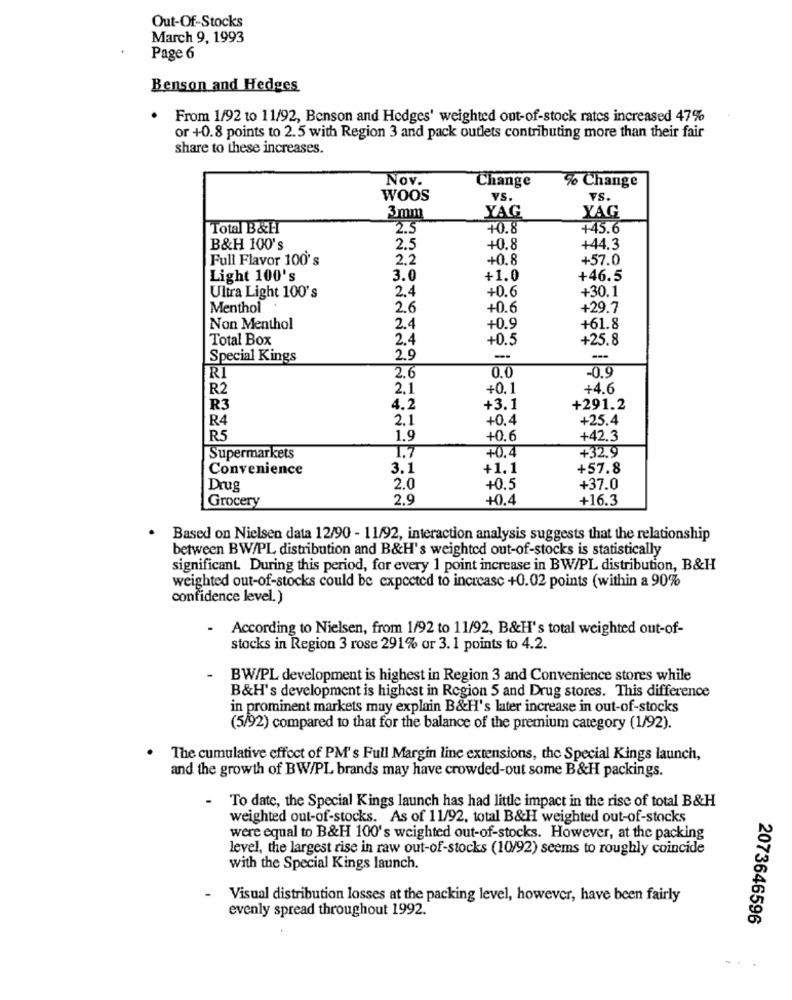
Out-Of-Stocks
March 9, 1993
Page 6
Benson and Hedges
From 1/92 to 11/92, Benson and Hedges' weighted out-of-stock rates increased 47%
or +0.8 points to 2.5 with Region 3 and pack outlets contributing more than their fair
share to these increases.
Nov.
Change
% Change
WOOS
YS.
VS.
3mm
YAG
YAG
Total B&H
2.5
+0.8
+45.6
B&H 100's
2.5
+0.8
+44.3
Full Flavor 100's
2.2
+0.8
+57.0
Light 100's
3.0
+1.0
+46.5
2.4
+0.6
+30.1
Ultra Light 100's
Menthol
26
+0.6
+29.7
Non Menthol
2.4
+0.9
+61.8
Total Box
2.4
+0.5
+25.8
Special Kings
2.9
--
2.6
0.0
-0.9
RI
R2
2.1
+0.1
+4.6
R3
1.2
+3.1
+291.2
R4
2.1
+0.4
+25.4
R5
1.9
+0.6
+42.3
1.7
+0.4
+32.9
Supermarkets
Convenience
3.1
+1.1
+57.8
Drug
2.0
+0.5
+37.0
Grocery
2.9
+0.4
+16.3
Based on Nielsen data 12/90 - 11/92, interaction analysis suggests that the relationship
between BW/PL distribution and B&H's weighted out-of-stocks is statistically
significant. During this period, for every 1 point increase in BW/PL distribution, B&H
weighted out-of-stocks could be expected to increase +0.02 points (within a 90%
confidence level.)
- According to Nielsen, from 1/92 to 11/92, B&H's total weighted out-of-
stocks in Region 3 rose 291% or 3. 1 points to 4.2.
-
BW/PL development is highest in Region 3 and Convenience stores while
B&H's development is highest in Region 5 and Drug stores. This difference
in prominent markets muy explain B&H's later increase in out-of-stocks
(5/92) compared to that for the balance of the premium category (1/92).
The cumulative effect of PM's Full Margin line extensions, the Special Kings launch,
and the growth of BW/PL brands may have crowded-out some B&H packings.
- To date, the Special Kings launch has had little impact in the rise of total B&H
weighted out-of-stocks. As of 11/92, total B&H weighted out-of-stocks
were equal to B&H 100's weighted out-of-stocks. However, at the packing
level, the largest rise in raw out-of-stocks (10/92) seems to roughly coincide
with the Special Kings launch.
Visual distribution losses at the packing level, however, have been fairly
evenly spread throughout 1992.
2073646596
-